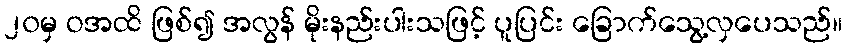
၂၀မှ ဝအထိ ဖြစ်၍ အလွန် မိုးနည်းပါးသဖြင့် ပူပြင်း ခြောက်သွေ့လှပေသည်။